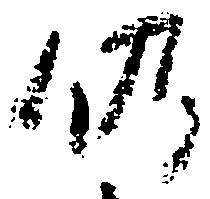
仍